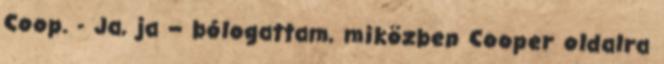
Coop. - Ja, ja – bólogattam, miközben Cooper oldalra